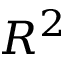
R ^ { 2 }